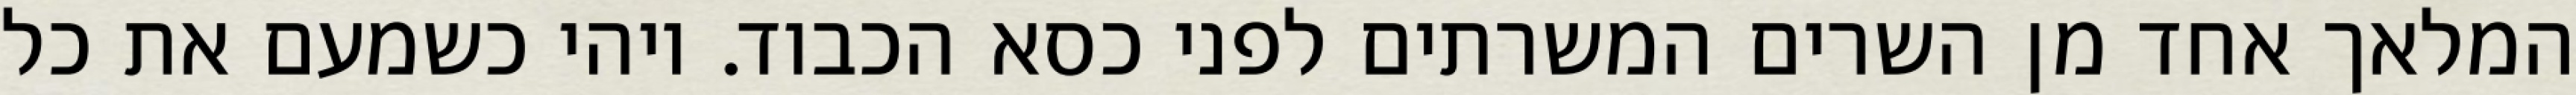
המלאך אחד מן השרים המשרתים לפני כסא הכבוד. ויהי כשמעם את כל